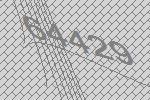
64429